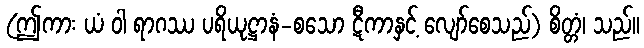
(ဤကား ယံ ဝါ ရာဂဿ ပရိယုဋ္ဌာနံ-စသော ဋီကာနှင့် လျော်စေသည်) စိတ္တံ၊ သည်။